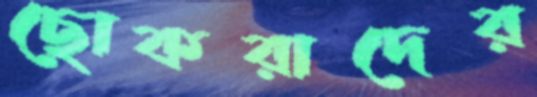
ছোকরাদের